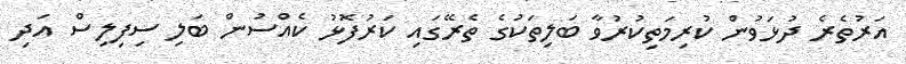
އަރުތެރެ ދުޅަވުން ކުރިމަތިކުރުވާ ބަލިތަކުގެ ތެރޭގައި ކަރުފޮޅު ކެއްސުން ބަލި ސިފިލިސް އަދި